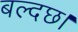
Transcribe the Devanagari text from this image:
बल्दछ।